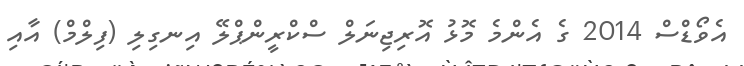
އެވޯޑްސް 2014 ގެ އެންމެ މޮޅު އޮރިޖިނަލް ސްކްރީންޕްލޭ އިނގިލި (ފިލްމް) އާއި